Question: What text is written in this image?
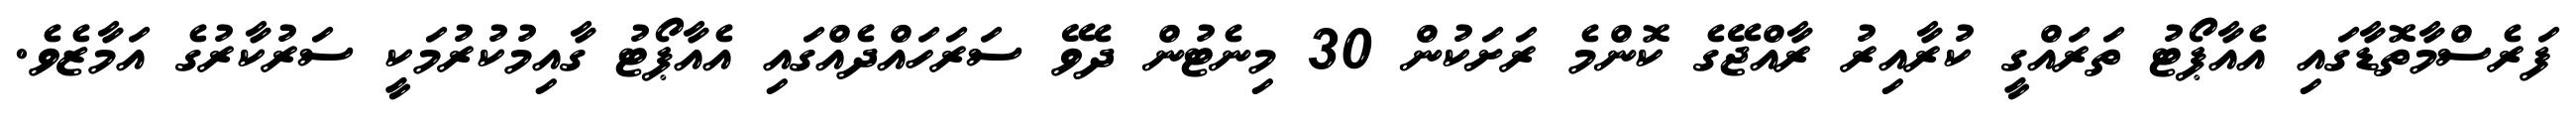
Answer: ފަރެސްމާތޮޑާގައި އެއާޕޯޓު ތަރައްގީ ކުރާއިރު ރާއްޖޭގެ ކޮންމެ ރަށަކުން 30 މިނެޓުން ދެވޭ ސަރަހައްދެއްގައި އެއާޕޯޓު ގާއިމުކުރުމަކީ ސަރުކާރުގެ އަމާޒެވެ.